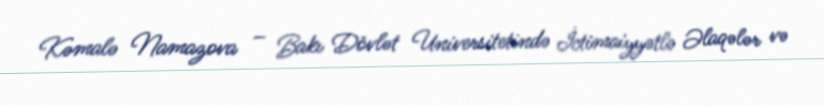
Kəmalə Namazova – Bakı Dövlət Universitetində İctimaiyyətlə Əlaqələr və